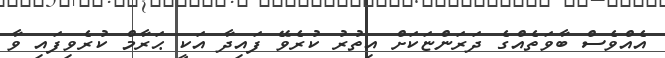
އެއްވެސް ބާވަތެއްގެ ދަރަންޏަކަށް އިތުރު ކުރެވޭ ފައިދާ އަކީ ޙަރާމް ކުރެވިފައި ވާ